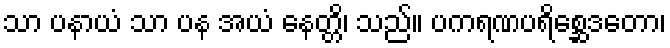
သာ ပနာယံ သာ ပန အယံ နေတ္တိ၊ သည်။ ပကရဏပရိစ္ဆေဒတော၊